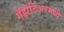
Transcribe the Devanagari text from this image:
गॅझेटिअरमध्ये